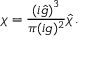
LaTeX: \chi = \frac { \left( i { \hat { g } } \right) ^ { 3 } } { \pi ( i g ) ^ { 2 } } { \hat { \chi } } \, .